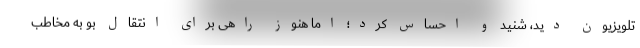
تلویزیون دید، شنید و احساس کرد؛ اما هنوز راهی برای انتقال بو به مخاطب